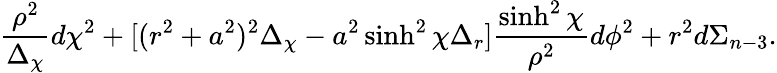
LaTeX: \frac{\rho^{2}}{\Delta_{\chi}}d\chi^{2}+[(r^{2}+a^{2})^{2}\Delta_{\chi}-a^{2}\sinh^{2}\chi\Delta_{r}]\frac{\sinh^{2}\chi}{\rho^{2}}d\phi^{2}+r^{2}d\Sigma_{n-3}.